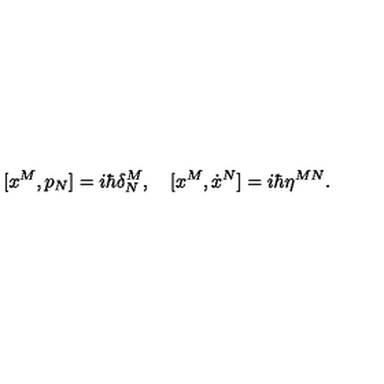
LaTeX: [ x ^ { M } , p _ { N } ] = i \hbar \delta _ { N } ^ { M } , \quad [ x ^ { M } , \dot { x } ^ { N } ] = i \hbar \eta ^ { M N } .